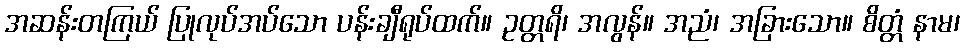
အဆန်းတကြယ် ပြုလုပ်အပ်သော ပန်းချီရုပ်ထက်။ ဥတ္တရိ၊ အလွန်။ အညံ၊ အခြားသော။ စိတ္တံ နာမ၊